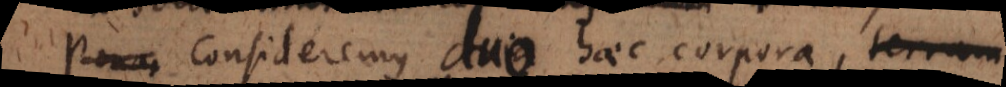
Pona Consideremus tria haec corpora, terram